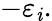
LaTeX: -\varepsilon_{\mathit{i}}.